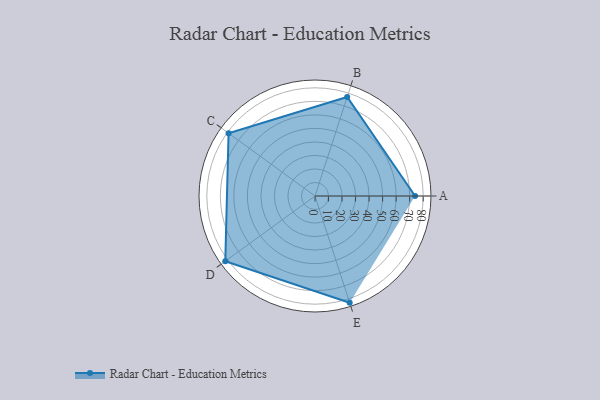
{"axis": {"x": "Skill", "y": "Score"}, "legend": ["Profile"], "data": [{"x": "A", "y": 74.0, "type": "Profile"}, {"x": "B", "y": 77.0, "type": "Profile"}, {"x": "C", "y": 79.0, "type": "Profile"}, {"x": "D", "y": 82.0, "type": "Profile"}, {"x": "E", "y": 83.0, "type": "Profile"}]}